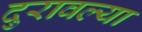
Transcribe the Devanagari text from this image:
दुरावल्या